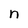
Character: n